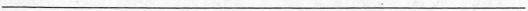
___